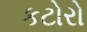
કટોરો